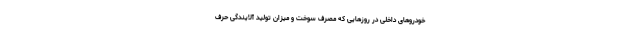
خودروهای داخلی در روزهایی که مصرف سوخت و میزان تولید آلایندگی حرف